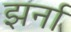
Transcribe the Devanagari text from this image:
झर्ना